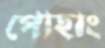
পোহাং